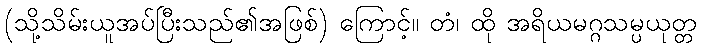
(သို့သိမ်းယူအပ်ပြီးသည်၏အဖြစ်) ကြောင့်။ တံ၊ ထို အရိယမဂ္ဂသမ္ပယုတ္တ